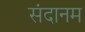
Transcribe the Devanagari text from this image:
संदानम